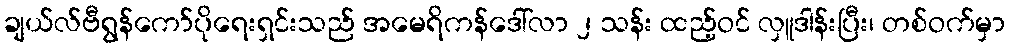
ချယ်လ်ဗီရွန်ကော်ပိုရေးရှင်းသည် အမေရိကန်ဒေါ်လာ ၂ သန်း ထည့်ဝင် လှူဒါန်းပြီး၊ တစ်ဝက်မှာ